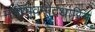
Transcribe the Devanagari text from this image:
मनोभवमोदधारिन्